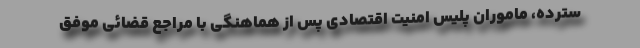
سترده، ماموران پلیس امنیت اقتصادی پس از هماهنگی با مراجع قضائی موفق